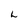
Character: L